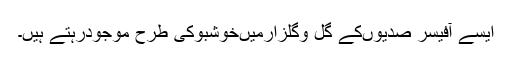
ایسے آفیسر صدیوںکے گل وگلزارمیںخوشبوکی طرح موجودرہتے ہیں۔